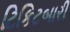
ટિકિટબારી